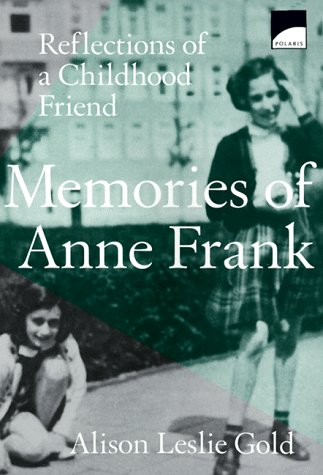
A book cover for Memories of Anne Frank: Reflections of a Childhood Friend; Alison Leslie Gold; Children's Books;